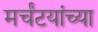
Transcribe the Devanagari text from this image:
मर्चंटयांच्या